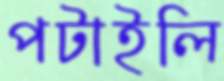
পটাইলি